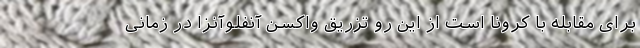
برای مقابله با کرونا است از این رو تزریق واکسن آنفلوآنزا در زمانی